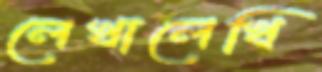
লেখালেখি